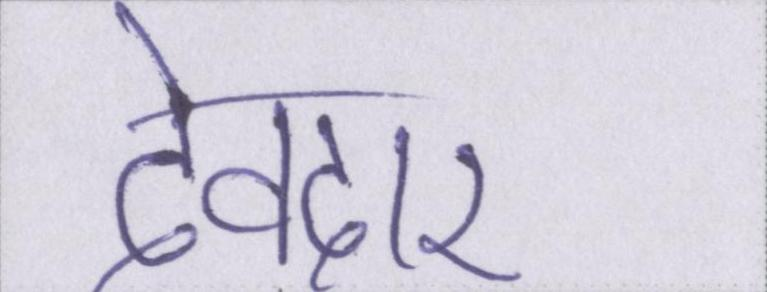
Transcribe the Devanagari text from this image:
देवदार